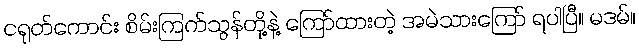
ငရုတ်ကောင်း စိမ်းကြက်သွန်တို့နဲ့ ကြော်ထားတဲ့ အမဲသားကြော် ရပါပြီ။ မဒမ်။